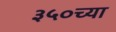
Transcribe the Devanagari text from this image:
३५०च्या